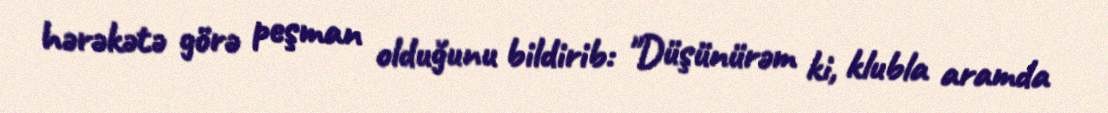
hərəkətə görə peşman olduğunu bildirib: "Düşünürəm ki, klubla aramda